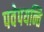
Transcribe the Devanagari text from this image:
पवेपयन्ति